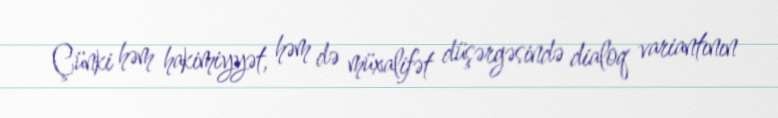
Çünki həm hakimiyyət, həm də müxalifət düşərgəsində dialoq variantının